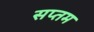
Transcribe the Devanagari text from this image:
सप्‍तम